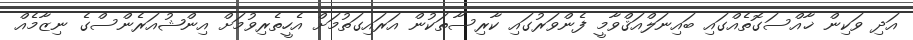
އަދި ވަކިން ޚާއްސަގޮތެއްގައި ބައިނަލްއަޤްވާމީ ފެންވަރުގައި ކާރިސާތަކުން އަރައިގަތުމަށް އެހީތެރިވުމަށް އިންޝުއަރެންސްގެ ނިޒާމެއް